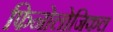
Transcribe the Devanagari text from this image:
फिनोलोजिकल